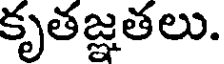
కృతజ్ఞతలు.